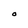
Character: O